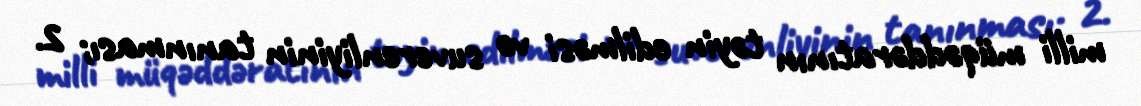
milli müqəddəratının təyin edilməsi və suverenliyinin tanınması; 2.